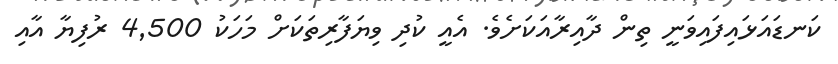
ކަނޑައަޅައިފައިވަނީ ތިން ދާއިރާއަކަށެވެ. އެއީ ކުދި ވިޔަފާރިތަކަށް މަހަކު 4